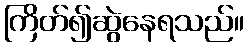
ကြိတ်၍ဆွဲနေရသည်။